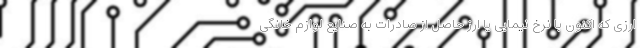
ارزی که اکنون با نرخ نیمایی یا ارز حاصل از صادرات به صنایع لوازم خانگی